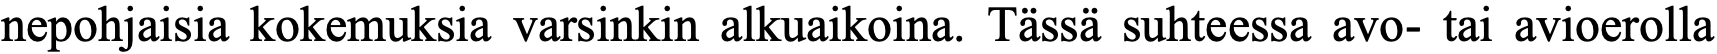
nepohjaisia kokemuksia varsinkin alkuaikoina. Tässä suhteessa avo- tai avioerolla